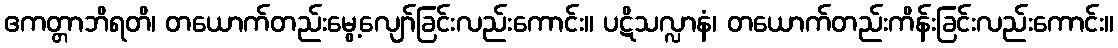
ဧကတ္တာဘိရတိ၊ တယောက်တည်းမွေ့လျော်ခြင်းလည်းကောင်း။ ပဋိသလ္လာနံ၊ တယောက်တည်းကိန်းခြင်းလည်းကောင်း။